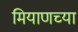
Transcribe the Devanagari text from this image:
मियाणच्या